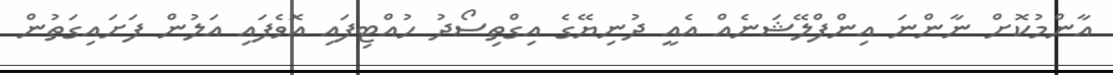
އާންމުކޮށް ނާންނަ އިންފްލޭޝަނެއް އެއީ ދުނިޔޭގެ އިގްތިސޯދު ހުއްޓިފައި އޮވެފައި އަލުން ފަށައިގަތުން